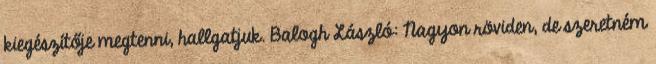
kiegészítője megtenni, hallgatjuk. Balogh László: Nagyon röviden, de szeretném